Indian Civil Veterinary Department memoirs
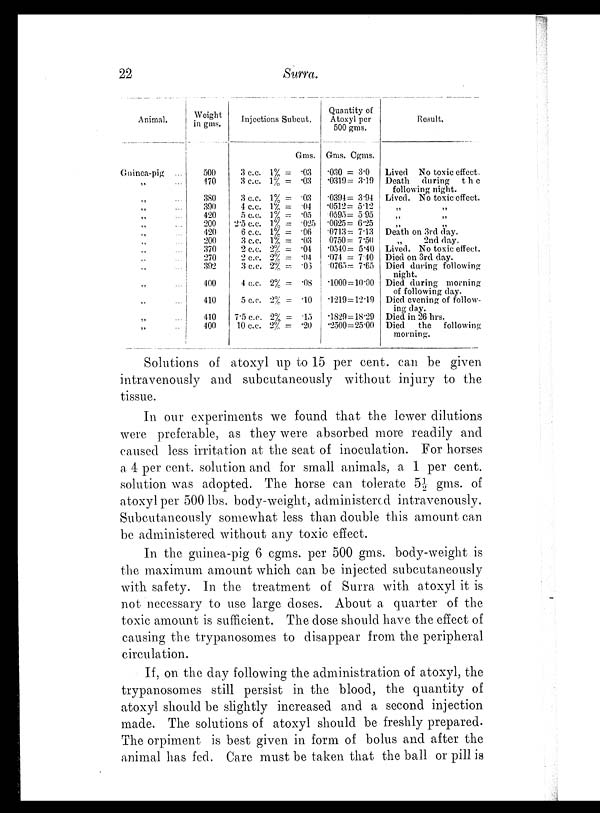
22
Surra.
Animal.
Guinea-pig ...
„ ...
„ ...
„ ...
„ ...
„ ...
„ ...
„ ...
„ ...
„ ...
„ ...
„ ...
„ ...
„ ...
„ ...
Weight
in gms.
500
470
380
390
420
200
420
200
370
270
392
400
410
410
400
Injections Subcut.
Gms.
3 c.c. 1% = .03
3 c.c. 1% = .03
3 c.c. 1% = .03
4 c.c. 1% = .04
5 c.c. 1% = .05
2.5 c.c. 1% = .025
6 c.c. 1% = .06
3 c.c. 1% = .03
2 c.c. 2% = .04
2 c.c. 2% = .04
3 c.c. 2% = .03
4 c.c. 2% = .08
5 c.c. 2% = .10
7.5 c.c. 2% = .15
10 c.c. 2% = .20
Quantity of
Atoxyl per
500 gms.
Gms. Cgms.
.030 = 3.0
.0319 = 3.19
.0394 = 3.94
.0512 = 5.12
.0595 = 5.95
.0625 = 6.25
.0713 = 7.13
0750 = 7.50
.0540 = 5.40
.074 = 7.40
.0765 = 7.65
.1000 = 10.00
.1219=12.19
.1829=18.29
.2500=25.00
Result.
Lived No toxic effect.
Death during
the
following night.
Lived. No toxic effect.
„ „
„ „
„ „
Death on 3rd day.
„
2nd day.
Lived. No toxic effect.
Died on 3rd day.
Died during following
night.
Died during morning
of following day.
Died evening of follow-
ing day.
Died in 26 hrs.
Died
the
following
morning.
Solutions of atoxyl up to 15 per cent. can be given
intravenously and subcutaneously without injury to the
tissue.
In our experiments we found that the lower dilutions
were preferable, as they were absorbed more readily and
caused less irritation at the seat of inoculation. For horses
a 4 per cent. solution and for small animals, a 1 per cent.
solution was adopted. The horse can tolerate 5½ gms. of
atoxyl per 500 lbs. body-weight, administered intravenously.
Subcutaneously somewhat less than double this amount can
be administered without any toxic effect.
In the guinea-pig 6 cgms. per 500 gms. body-weight is
the maximum amount which can be injected subcutaneously
with safety. In the treatment of Surra with atoxyl it is
not necessary to use large doses. About a quarter of the
toxic amount is sufficient. The dose should have the effect of
causing the trypanosomes to disappear from the peripheral
circulation.
If, on the day following the administration of atoxyl, the
trypanosomes still persist in the blood, the quantity of
atoxyl should be slightly increased and a second injection
made. The solutions of atoxyl should be freshly prepared.
The orpiment is best given in form of bolus and after the
animal has fed. Care must be taken that the ball or pill is